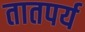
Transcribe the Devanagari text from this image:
तातपर्य